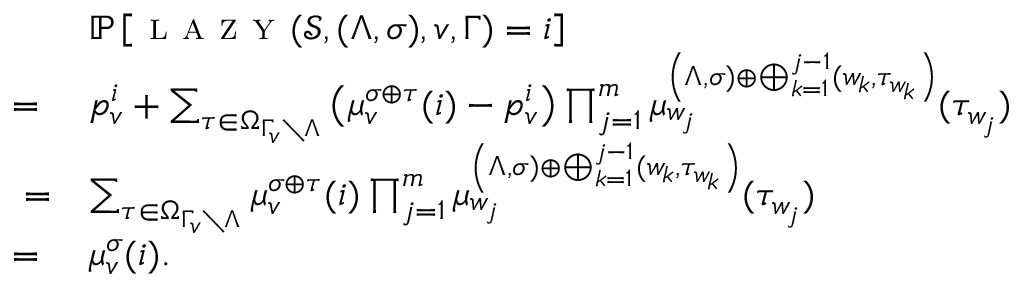
\begin{array} { r l } & { \mathbb P \left[ \textsc { l a z y } ( \mathcal S , ( \Lambda , \sigma ) , v , \Gamma ) = i \right] } \\ { = \ } & { p _ { v } ^ { i } + \sum _ { \tau \in \Omega _ { \Gamma _ { v } \setminus \Lambda } } \left( \mu _ { v } ^ { \sigma \oplus \tau } ( i ) - p _ { v } ^ { i } \right) \prod _ { j = 1 } ^ { m } \mu _ { w _ { j } } ^ { \left( \Lambda , \sigma ) \oplus \bigoplus _ { k = 1 } ^ { j - 1 } ( w _ { k } , \tau _ { w _ { k } } \right) } ( \tau _ { w _ { j } } ) } \\ { = } & { \sum _ { \tau \in \Omega _ { \Gamma _ { v } \setminus \Lambda } } \mu _ { v } ^ { \sigma \oplus \tau } ( i ) \prod _ { j = 1 } ^ { m } \mu _ { w _ { j } } ^ { \left( \Lambda , \sigma ) \oplus \bigoplus _ { k = 1 } ^ { j - 1 } ( w _ { k } , \tau _ { w _ { k } } \right) } ( \tau _ { w _ { j } } ) } \\ { = \ } & { \mu _ { v } ^ { \sigma } ( i ) . } \end{array}